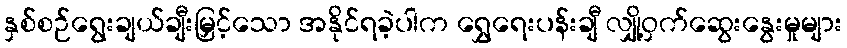
နှစ်စဉ်ရွေးချယ်ချီးမြှင့်သော အနိုင်ရခဲ့ပါက ရွှေရေးပန်းချီ လျှို့ဝှက်ဆွေးနွေးမှုများ